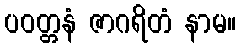
ပဝတ္တနံ ဇာဂရိတံ နာမ။